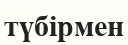
түбірмен